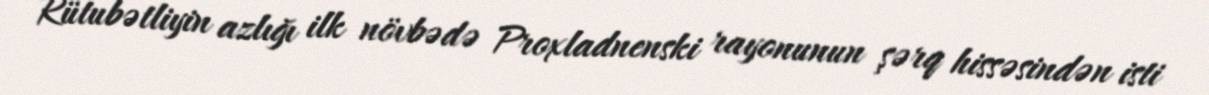
Rütubətliyin azlığı ilk növbədə Proxladnenski rayonunun şərq hissəsindən isti